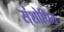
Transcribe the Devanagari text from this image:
स्ंशोधित